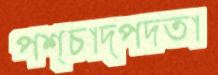
পশ্চাদ্পদতা